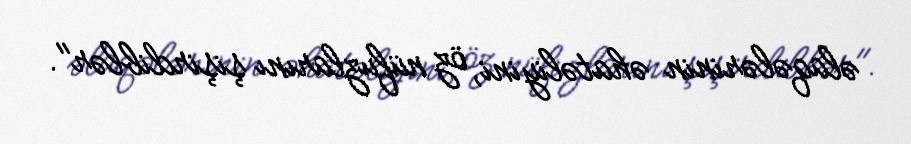
əlaqələrinin əhatəliyini, öz nüfuzlarını şişirdiblər".